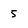
Character: 5